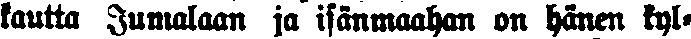
kautta Jumalaan ja isänmaahan on hänen kyl-